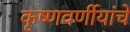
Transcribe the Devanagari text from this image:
कृष्णवर्णीयांचे